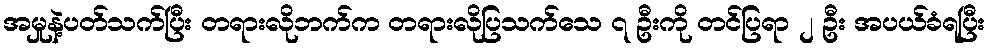
အမှုနဲ့ပတ်သက်ပြီး တရားလိုဘက်က တရားလိုပြသက်သေ ၇ ဦးကို တင်ပြရာ ၂ ဦး အပယ်ခံရပြီး